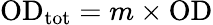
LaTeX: \mathrm{OD}_{\mathrm{tot}}=m\times\mathrm{OD}